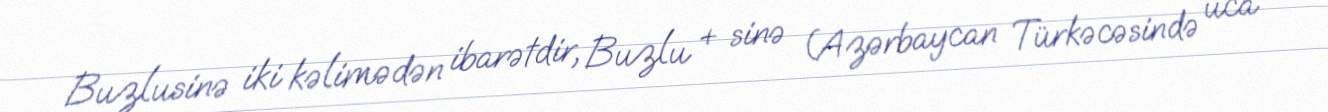
Buzlusinə iki kəlimədən ibarətdir, Buzlu + sinə (Azərbaycan Türkəcəsində uca